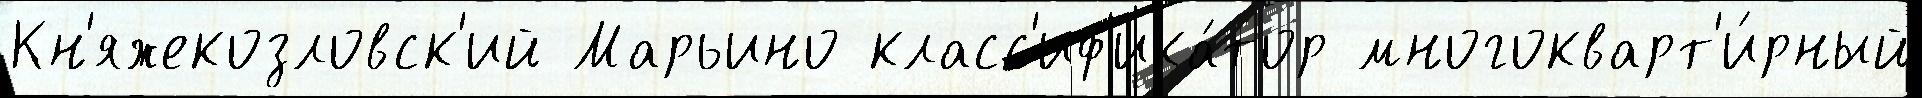
Кн'яжекозловск'ий Марьино класс'иф'ика́тор многокварт'и́рный